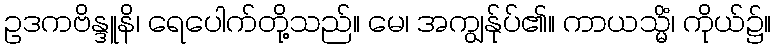
ဥဒကဗိန္ဒူနိ၊ ရေပေါက်တို့သည်။ မေ၊ အကျွန်ုပ်၏။ ကာယသ္မိံ၊ ကိုယ်၌။